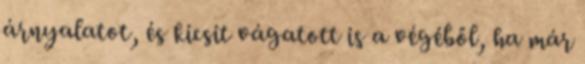
árnyalatot, és kicsit vágatott is a végéből, ha már